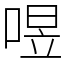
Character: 喅